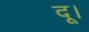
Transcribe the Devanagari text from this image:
दू।